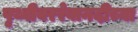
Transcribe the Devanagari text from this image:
पृथ्वीवररेवानदीच्या